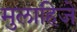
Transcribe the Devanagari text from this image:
मुलाहिजे